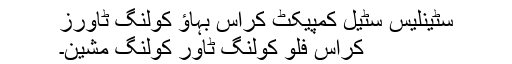
سٹینلیس سٹیل کمپیکٹ کراس بہاؤ کولنگ ٹاورز
کراس فلو کولنگ ٹاور کولنگ مشین۔